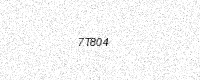
Text: 7T804